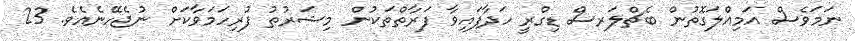
ނަމަވެސް އަމިއްލަގޮތުން ބެޗްލަރސް ޑިގްރީ ހަދާފައިވާ ފަރާތްތަކުން މިޝަރުޠު ފުރިހަމަވާކަށް ނުޖެހޭނެއެވެ. 23